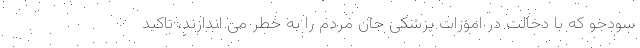
سودجو که با دخالت در امورات پزشکی جان مردم را به خطر می اندازند، تاکید